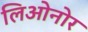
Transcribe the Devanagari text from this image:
लिओनोर